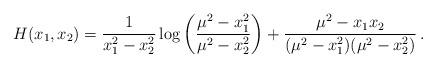
LaTeX: \begin{align*}H(x_1,x_2)= \frac{1}{x_1^2-x_2^2}\log\left(\frac{\mu^2-x_1^2}{\mu^2-x_2^2}\right)+\frac{\mu^2-x_1x_2}{(\mu^2-x_1^2)(\mu^2-x_2^2)}\,.\end{align*}